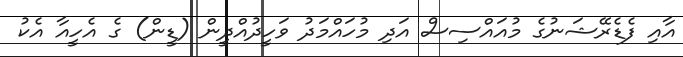
އާއި ފެޑެރޭޝަނުގެ މުއައްސިސް އަދި މުހައްމަދު ވަހީދުއްދީން (ޑީން) ގެ އެހީއާ އެކު